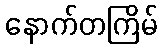
နောက်တကြိမ်